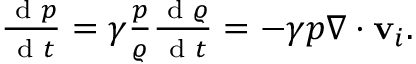
\begin{array} { r } { \frac { \textrm { d } p } { \textrm { d } t } = \gamma \frac { p } { \varrho } \frac { \textrm { d } \varrho } { \textrm { d } t } = - \gamma p \nabla \cdot \mathbf { v } _ { i } . } \end{array}